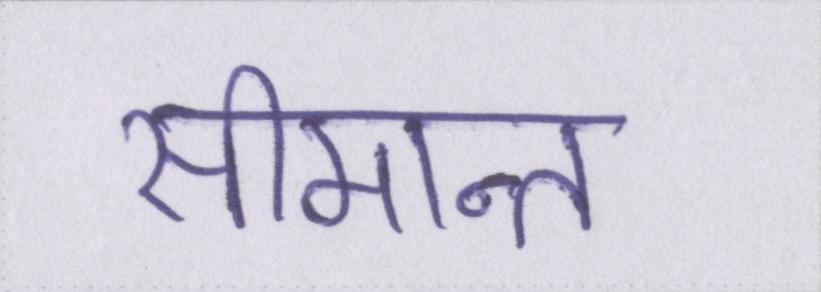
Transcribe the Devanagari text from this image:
सीमान्त